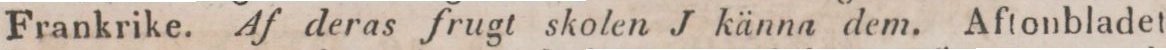
Frankrike. Af deras frugt skolen J känna dem. Aftonbladet